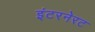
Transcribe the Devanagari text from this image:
इंटरनेरट